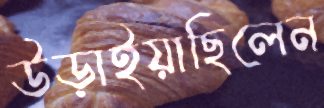
উড়াইয়াছিলেন